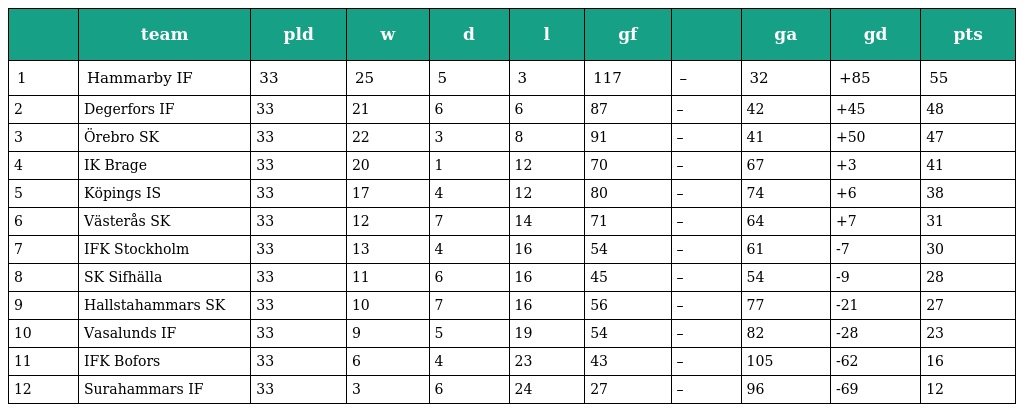
|  | team | pld | w | d | l | gf |  | ga | gd | pts |
 | --- | --- | --- | --- | --- | --- | --- | --- | --- | --- | --- |
 | 1 | Hammarby IF | 33 | 25 | 5 | 3 | 117 | – | 32 | +85 | 55 |
 | 2 | Degerfors IF | 33 | 21 | 6 | 6 | 87 | – | 42 | +45 | 48 |
 | 3 | Örebro SK | 33 | 22 | 3 | 8 | 91 | – | 41 | +50 | 47 |
 | 4 | IK Brage | 33 | 20 | 1 | 12 | 70 | – | 67 | +3 | 41 |
 | 5 | Köpings IS | 33 | 17 | 4 | 12 | 80 | – | 74 | +6 | 38 |
 | 6 | Västerås SK | 33 | 12 | 7 | 14 | 71 | – | 64 | +7 | 31 |
 | 7 | IFK Stockholm | 33 | 13 | 4 | 16 | 54 | – | 61 | -7 | 30 |
 | 8 | SK Sifhälla | 33 | 11 | 6 | 16 | 45 | – | 54 | -9 | 28 |
 | 9 | Hallstahammars SK | 33 | 10 | 7 | 16 | 56 | – | 77 | -21 | 27 |
 | 10 | Vasalunds IF | 33 | 9 | 5 | 19 | 54 | – | 82 | -28 | 23 |
 | 11 | IFK Bofors | 33 | 6 | 4 | 23 | 43 | – | 105 | -62 | 16 |
 | 12 | Surahammars IF | 33 | 3 | 6 | 24 | 27 | – | 96 | -69 | 12 |